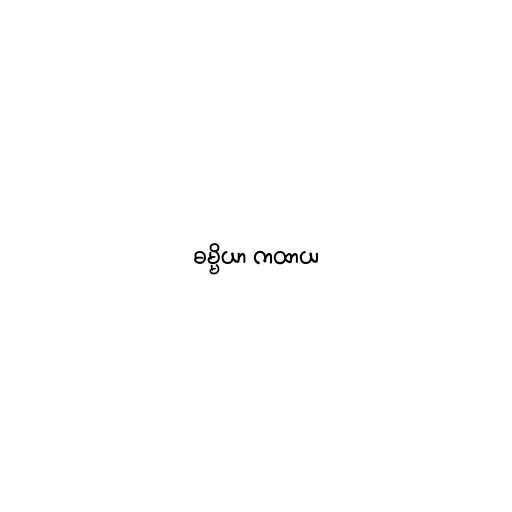
ဓမ္မိယာ ကထာယ